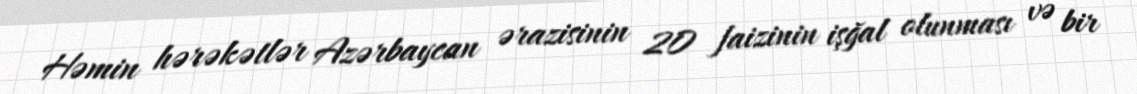
Həmin hərəkətlər Azərbaycan ərazisinin 20 faizinin işğal olunması və bir